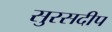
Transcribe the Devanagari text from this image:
सुरसदीप